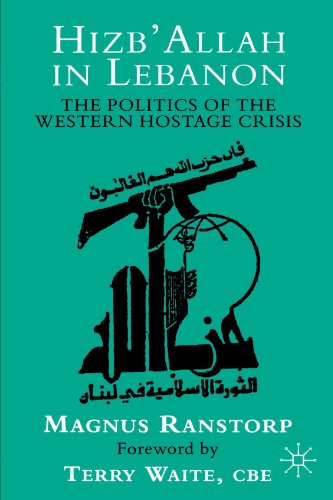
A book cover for Hizb'allah in Lebanon: The Politics of the Western Hostage Crisis; Magnus Ranstorp; History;